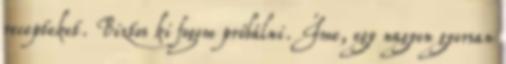
recepteket. Biztos ki fogom próbálni. Íme, egy nagyon gyorsan